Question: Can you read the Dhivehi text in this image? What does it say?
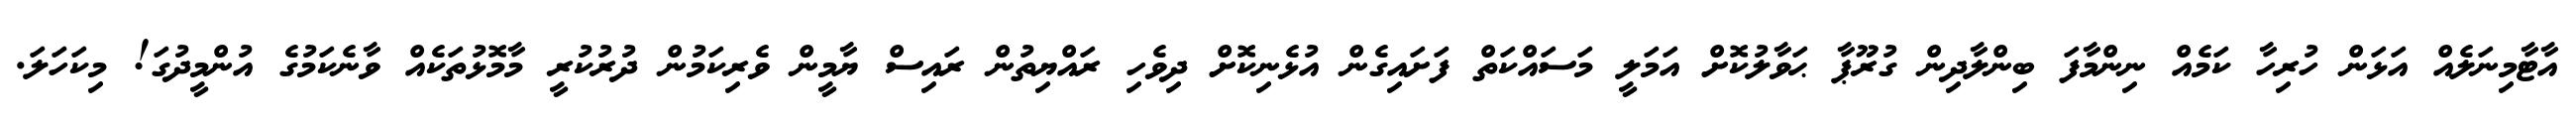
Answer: އާޓާމިނަލެއް އަޅަން ހުރިހާ ކަމެއް ނިންމާފަ ބިންލާދިން ގުރޫޕާ ޙަވާލުކޮށް އަމަލީ މަސައްކަތް ފަށައިގެން އުޅެނިކޮށް ދިވެހި ރައްޔިތުން ރައިސް ޔާމީން ވެރިކަމުން ދުރުކުރީ މާމޮޅުތަކެއް ވާނެކަމުގެ އުންމީދުގަ! މިކަހަލަ.